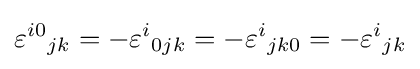
{\varepsilon ^{i0}}_{jk}=-{\varepsilon ^{i}}_{0jk}=-{\varepsilon ^{i}}_{jk0}=-{\varepsilon ^{i}}_{jk}